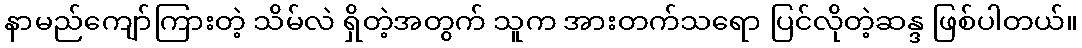
နာမည်ကျော်ကြားတဲ့ သိမ်လဲ ရှိတဲ့အတွက် သူက အားတက်သရော ပြင်လိုတဲ့ဆန္ဒ ဖြစ်ပါတယ်။